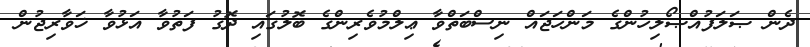
ދެން ޞަލަފުއްޞޯލިހުންގެ މަންހަޖައް ނިސްބަތްވާ ޢިލްމުވެރިންގެ ބޮލުގައި ދޮގު ފަތުވާ އަޅުވާ ޚަވާރިޖުން